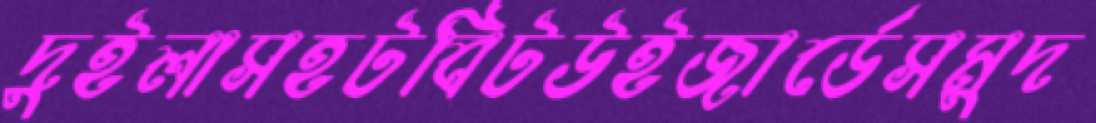
দুইলাসহটবিটউইজার্ডেসমুদ